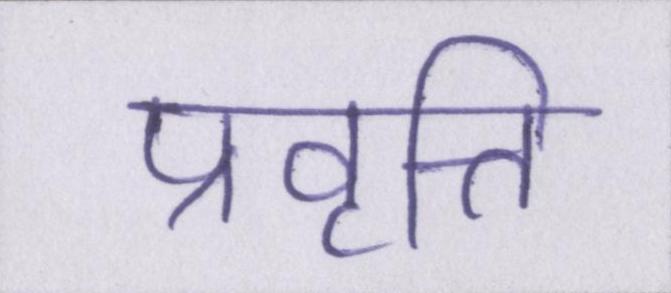
प्रवृत्ति